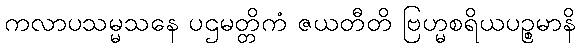
ကလာပသမ္မသနေ ပဌမတ္တိကံ ဇယတီတိ ဗြဟ္မစရိယပဉ္စမာနိ